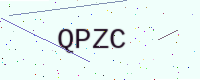
Text: QPZC